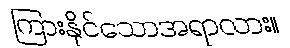
ကြားနိုင်သောအရာလား။